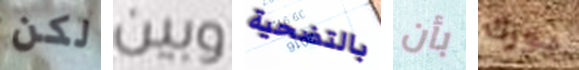
لكن وبين بالتضحية بأن يورك